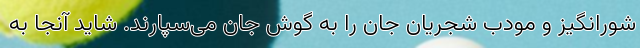
شورانگیز و مودب شجریانِ جان را به گوش جان می‌سپارند. شاید آنجا به